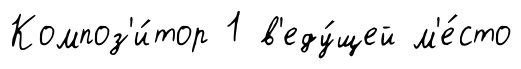
Композ'и́тор 1 в'еду́щей м'е́сто